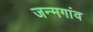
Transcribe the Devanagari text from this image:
जन्मगांव